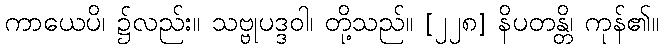
ကာယေပိ၊ ၌လည်း။ သဗ္ဗုပဒ္ဒဝါ၊ တို့သည်။ [၂၂၈] နိပတန္တိ၊ ကုန်၏။